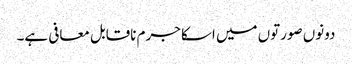
دونوں صورتوں میں اسکا جرم ناقابل معافی ہے۔